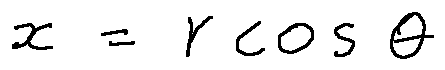
x = r \cos \theta